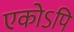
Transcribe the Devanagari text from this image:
एकोऽपि